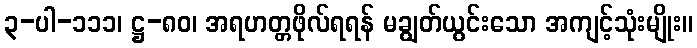
၃-ပါ-၁၁၁၊ ဋ္ဌ-၈၀၊ အရဟတ္တဖိုလ်ရရန် မချွတ်ယွင်းသော အကျင့်သုံးမျိုး။